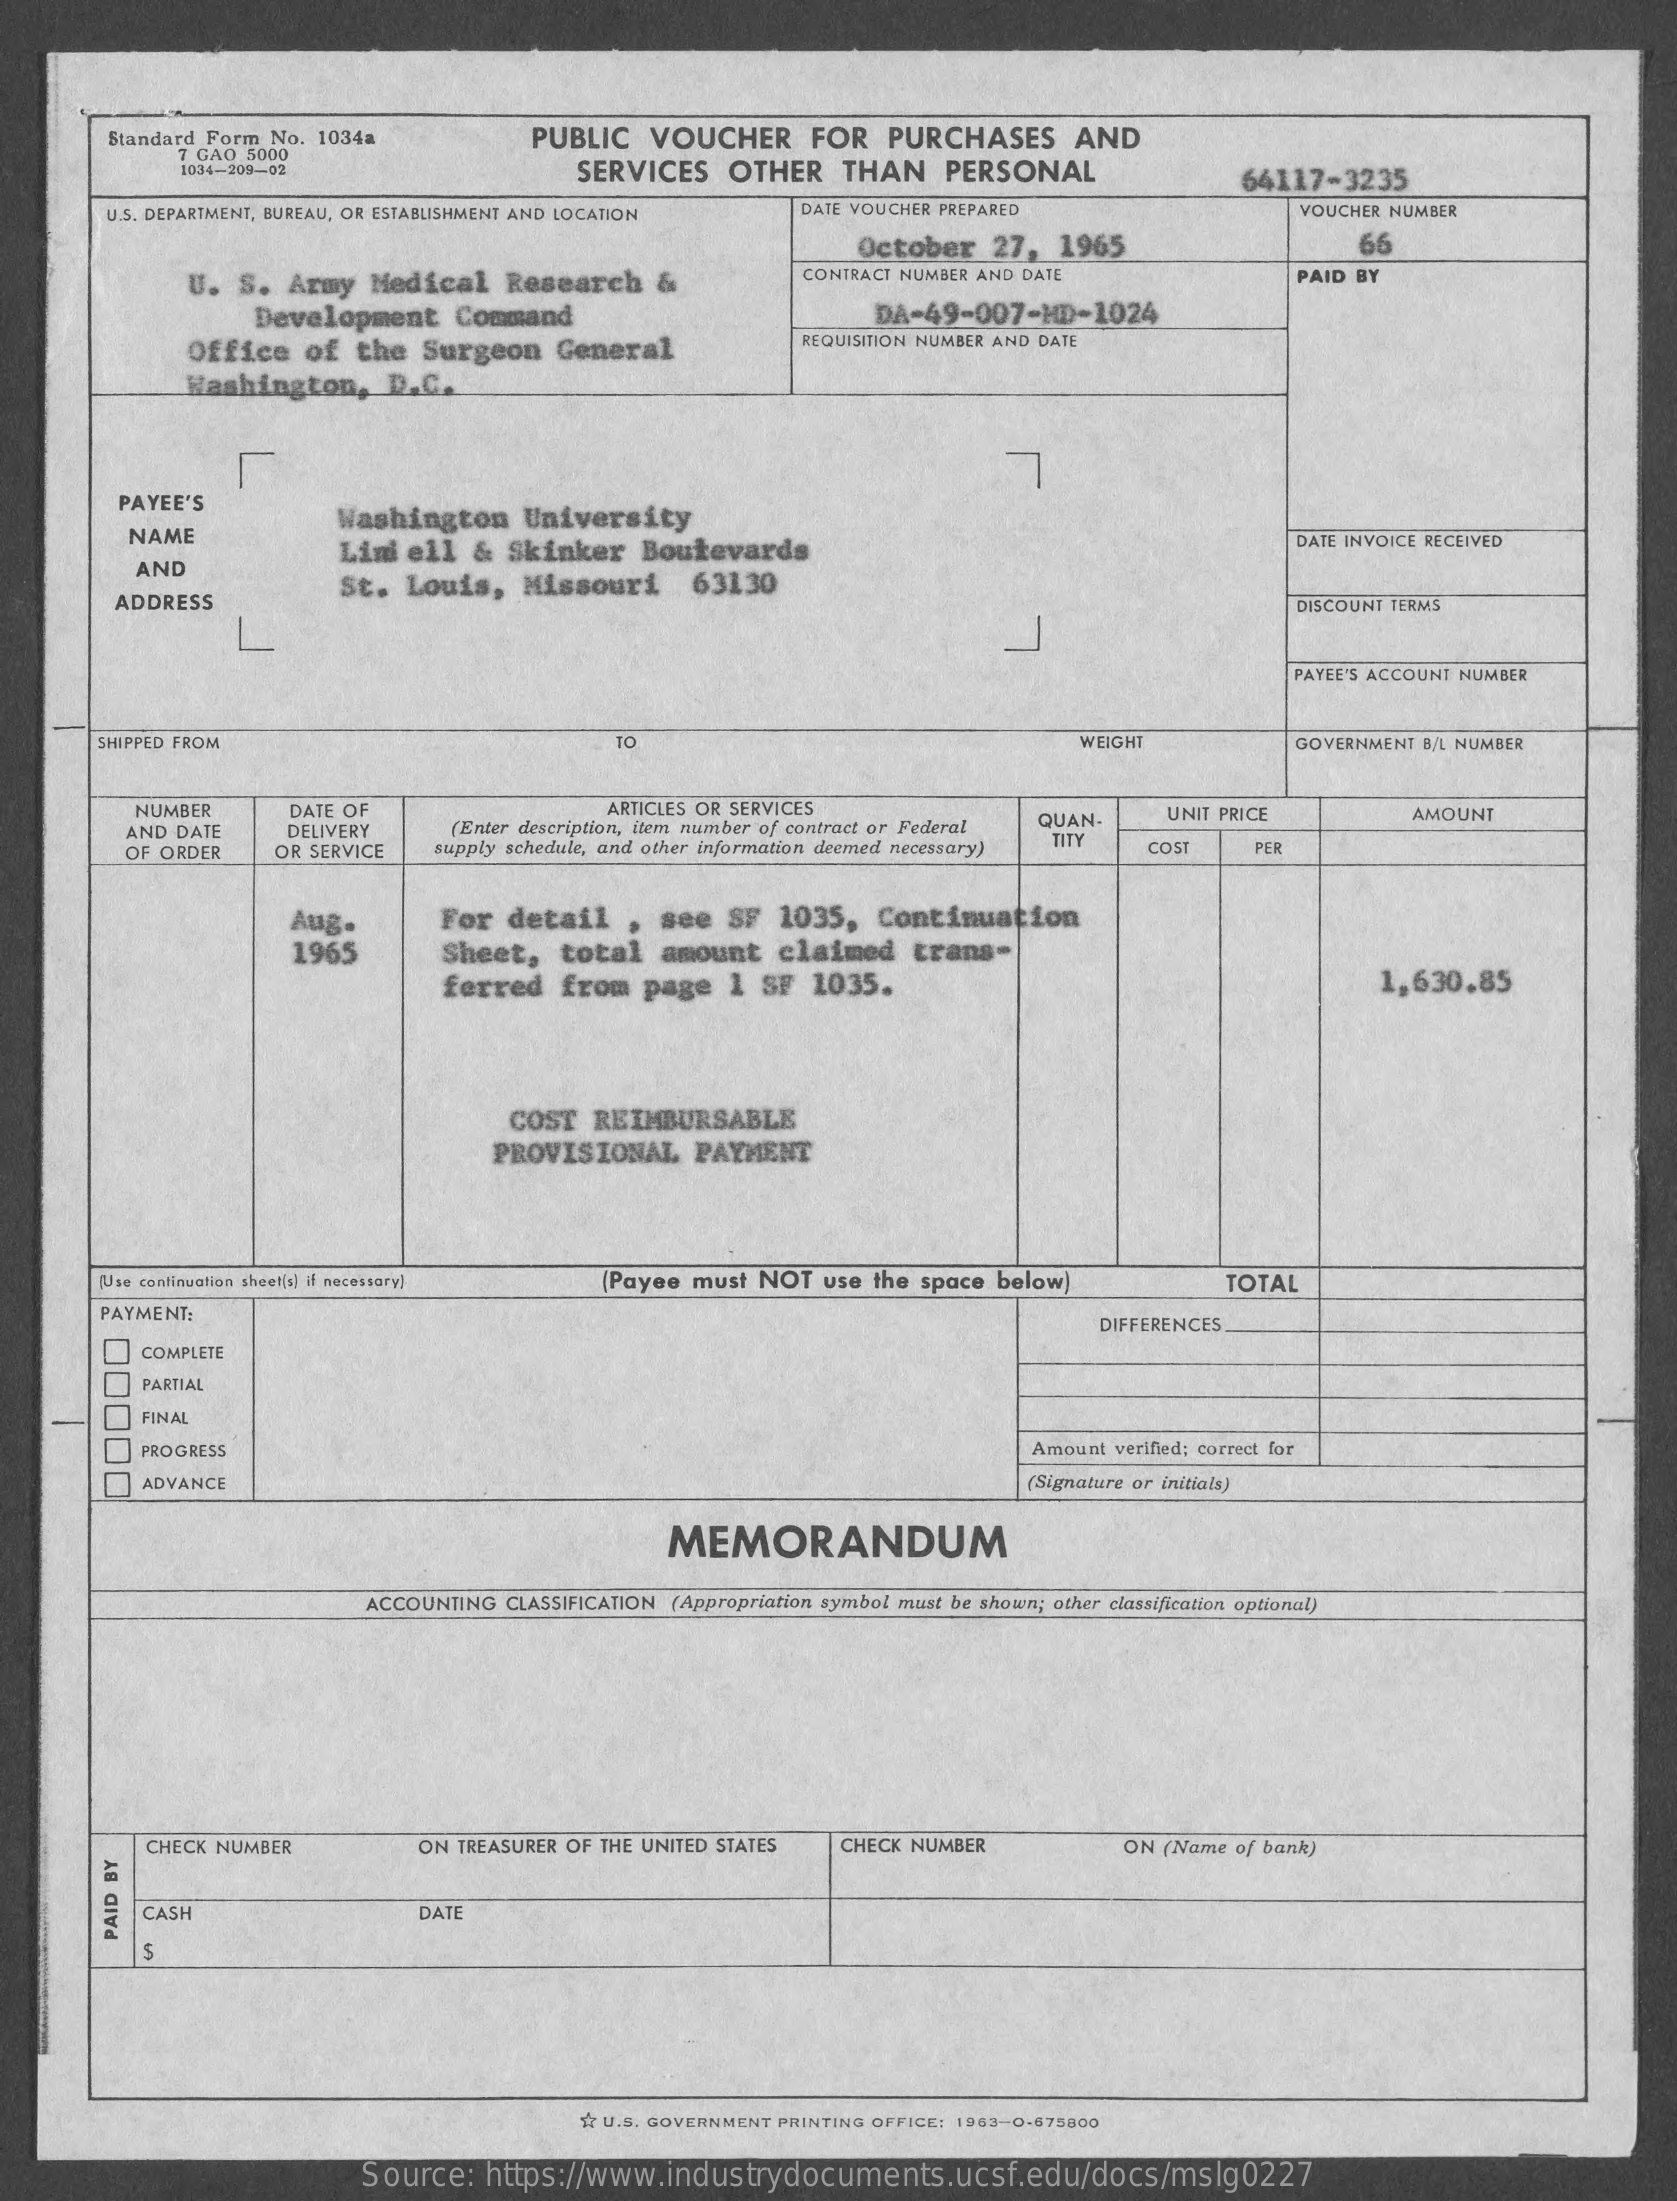
Standard Form No. 1034a    PUBLIC    VOUCHER    FOR    PURCHASES    AND
     7 GAO 5000
     1034-209-02    SERVICES    OTHER    THAN    PERSONAL    64117-3235
     U.S. DEPARTMENT, BUREAU, OR ESTABLISHMENT AND LOCATION    DATE VOUCHER PREPARED    VOUCHER NUMBER
     October    27,  1965    66
     U.  S.  Army   Medical    Research    &    CONTRACT NUMBER AND DATE    PAID BY
     Development    Command    DA-49-007-HD-1024
     Office    of  the   Surgeon    General
     REQUISITION NUMBER AND DATE
     Washington,    D.C.
     PAYEE'S
     NAME
     Washington    University
     Lini  ell   &  Skinker    Boulevards    DATE INVOICE RECEIVED
     AND
     ADDRESS
     St.   Louis,    Missouri    63130
     DISCOUNT TERMS
     PAYEE'S ACCOUNT NUMBER
     SHIPPED FROM    TO    WEIGHT    GOVERNMENT B/L NUMBER
     NUMBER    DATE OF    ARTICLES OR SERVICES
     AND  DATE    DELIVERY    (Enter description, item number of contract or Federal QUAN-   UNIT PRICE    AMOUNT
     OF ORDER    OR SERVICE   supply schedule, and other information deemed necessary) TITY  COST    PER
     Aug.    For   detail    ,  see   SF   1035,   Continuation
     1965    Sheet,    total    amount    claimed    trans-
     ferred    from    page   1  SF  1035.    1,630.85
     COST   REIMBURSABLE
     PROVISIONAL    PAYMENT
     (se continuation sheet(s) if necessary)    (Payee  must  NOT   use the space  below)    TOTAL
     PAYMENT:
     DIFFERENCES
     00000
     COMPLETE
     PARTIAL
     FINAL
     PROGRESS    Amount verified; correct for
     ADVANCE    (Signature or initials)
     MEMORANDUM
     ACCOUNTING CLASSIFICATION (Appropriation symbol must be shown; other classification optional)
     CHECK NUMBER    ON TREASURER OF THE UNITED STATES    CHECK NUMBER    ON (Name of bank)
     CASH    DATE PAID
     BY
     S
     1: U.S. GOVERNMENT PRINTING OFFICE: 1963-0-875800
     Source:    https://www.industrydocuments.ucsf.edu/docs/mslg0227